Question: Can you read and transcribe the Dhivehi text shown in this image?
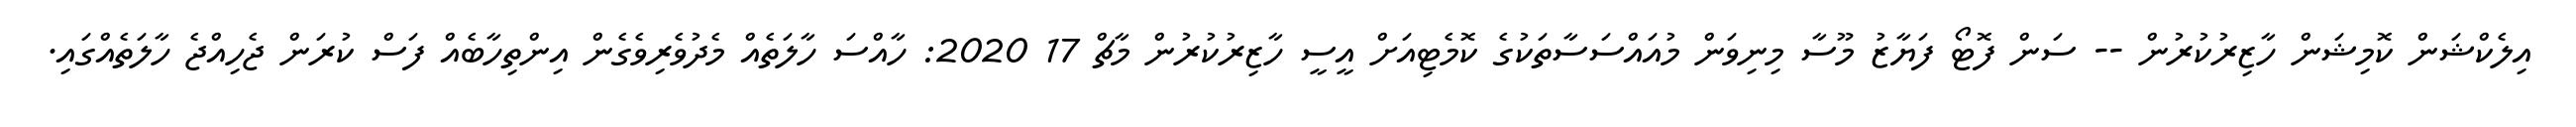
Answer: އިލެކްޝަން ކޮމިޝަން ހާޒިރުކުރުން -- ސަން ފޮޓޯ ފަޔާޒު މޫސާ މިނިވަން މުއައްސަސާތަކުގެ ކޮމެޓިއަށް އީސީ ހާޒިރުކުރުން މާޗް 17 2020: ހާއްސަ ހާލަތެއް މެދުވެރިވެގެން އިންތިހާބެއް ފަސް ކުރަން ޖެހިއްޖެ ހާލަތެއްގައި.